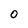
Character: 0